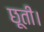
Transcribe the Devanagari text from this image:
छूती।